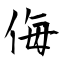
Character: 侮